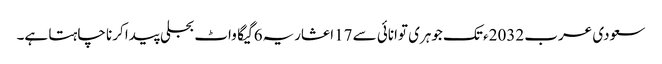
سعودی عرب 2032ء تک جوہری توانائی سے 17اعشاریہ6 گیگا واٹ بجلی پیدا کرنا چاہتا ہے۔